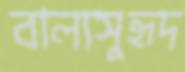
বাল্যসুহৃদ